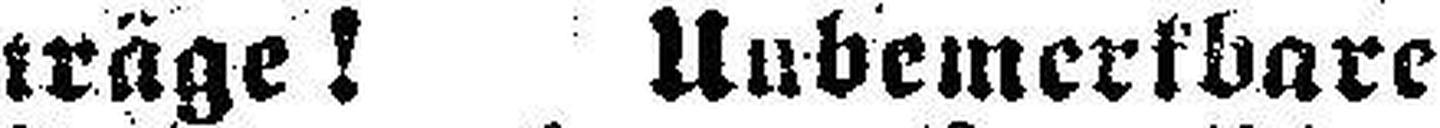
träge! Unbemerkbare